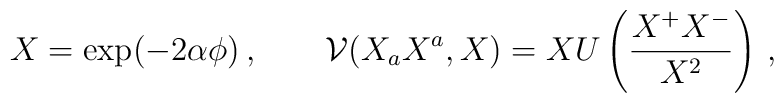
X=\exp (-2\alpha \phi )\,,\qquad \mathcal{V}(X_aX^a,X)= XU\left( \frac{X^+X^-}{X^2} \right)\,,